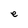
Character: e